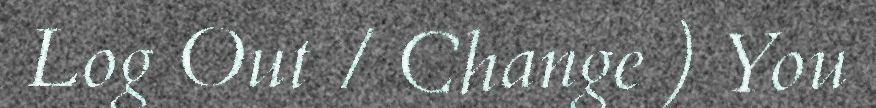
Log Out / Change ) You